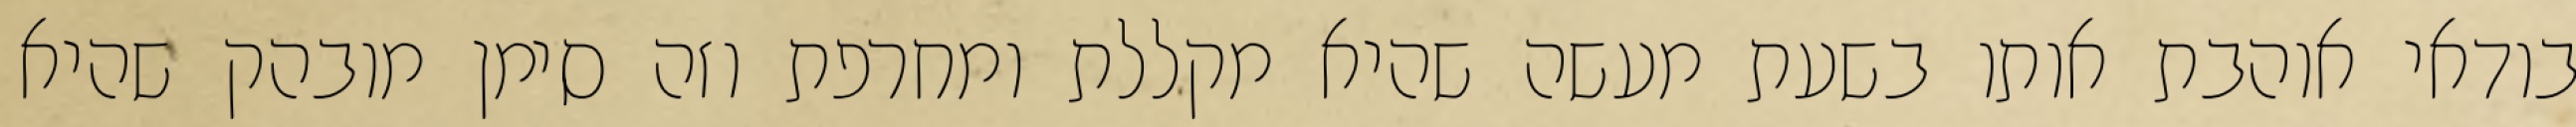
בודאי אוהבת אותו בשעת מעשה שהיא מקללת ומחרפת וזה סימן מובהק שהיא